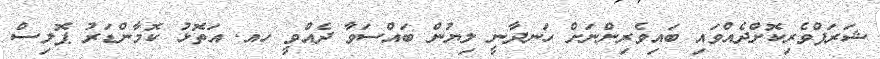
ޝަރަފްވެރިކޮށްދެއްވައި ބައިވެރިންނަށް ހަނދާނީ ލިޔުން ބައްސަވާ ދެއްވީ ހއ. އަތޮޅު ކޮމާންޑަރު ޕޮލިސް